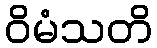
ဝိမံသတိ